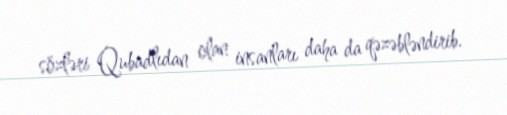
sözləri Qubadlıdan olan insanları daha da qəzəbləndirib.